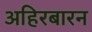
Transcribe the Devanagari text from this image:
अहिरबारन